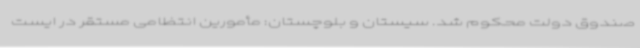
صندوق دولت محکوم شد. سیستان و بلوچستان: مأمورین انتظامی مستقر در ایست